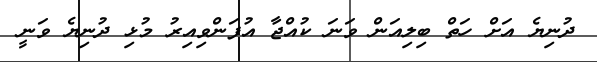
ދުނިޔެ އަށް ހަތް ބިލިއަން ވަނަ ކުއްޖާ އުފަންވިއިރު މުޅި ދުނިޔެ ވަނީ